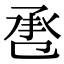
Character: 𢬬